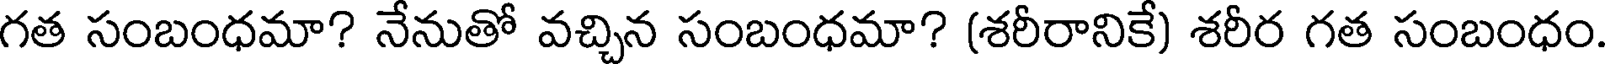
గత సంబంధమా? నేనుతో వచ్చిన సంబంధమా? (శరీరానికే) శరీర గత సంబంధం